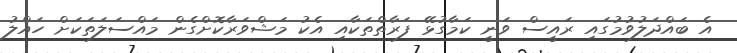
އެ ބައްދަލުވުމުގައި ރައީސް ވަނީ ކަމާގުޅޭ ފަރާތްތަކާއި އެކު މަޝްވަރާކޮށްގެން މައްސަލަތަކަށް ހައްލު